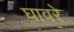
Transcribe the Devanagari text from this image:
घावरे